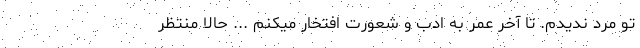
تو مرد ندیدم. تا آخر عمر به ادب و شعورت افتخار میکنم ... حالا منتظر